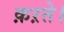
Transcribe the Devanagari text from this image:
क़ऱते।